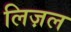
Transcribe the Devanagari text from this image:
लिज़ल